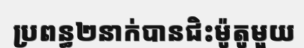
ប្រពន្ធ២នាក់បានជិះម៉ូតូមួយ